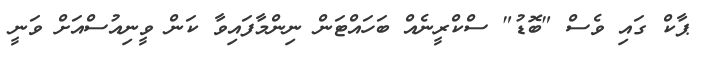
ޕާކް ގައި ވެސް "ބޮޑު" ސްކްރީނެއް ބަހައްޓަން ނިންމާފައިވާ ކަން ވީނިއުސްއަށް ވަނީ